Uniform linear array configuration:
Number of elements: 12
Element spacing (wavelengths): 1
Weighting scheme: uniform
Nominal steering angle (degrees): -15
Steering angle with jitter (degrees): -14.504
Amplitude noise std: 0.05
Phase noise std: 0.05

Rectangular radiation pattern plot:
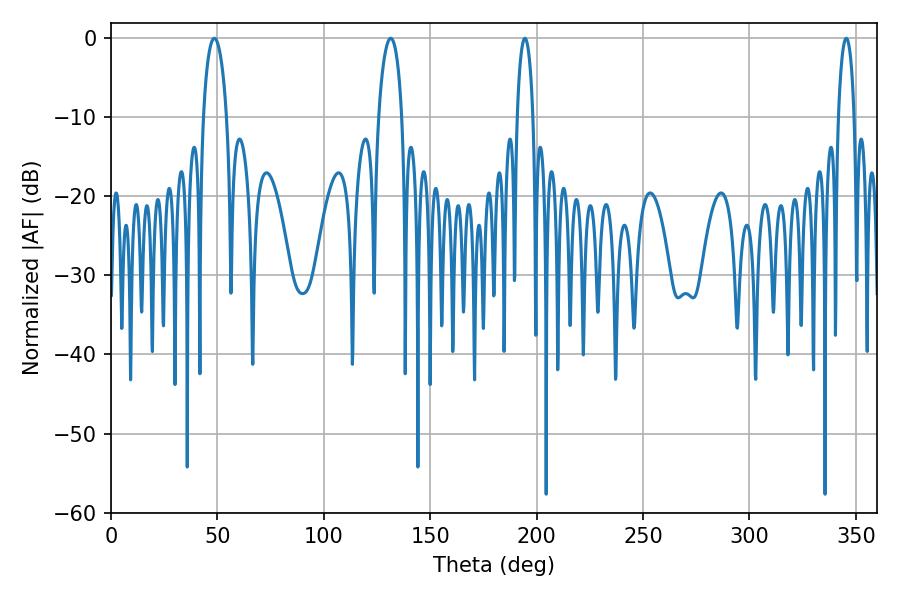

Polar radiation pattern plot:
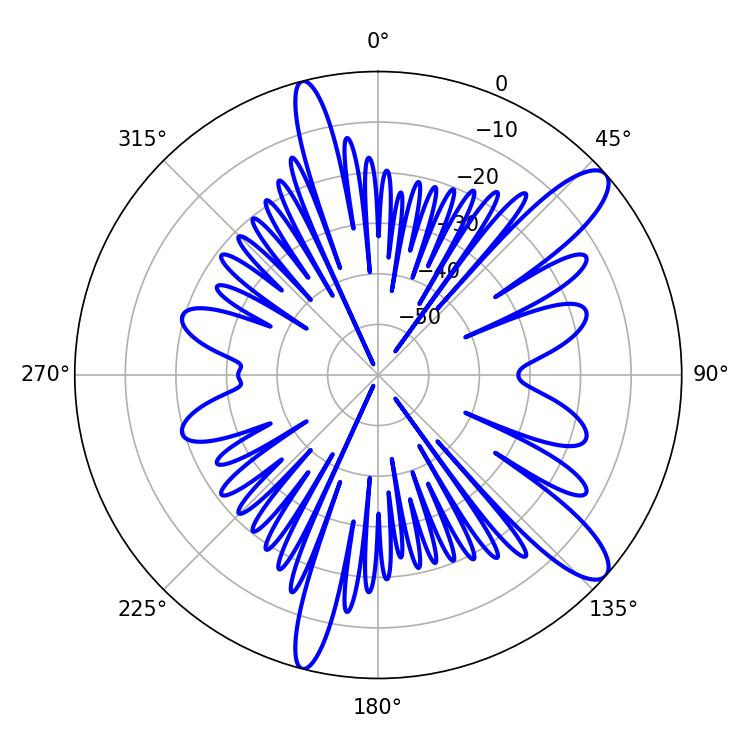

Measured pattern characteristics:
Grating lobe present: TRUE
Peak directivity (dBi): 11.464
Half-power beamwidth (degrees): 6.3
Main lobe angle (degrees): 48.6